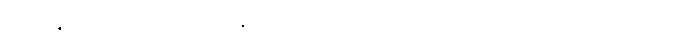
တည်နိုင်၏။ ဘိက္ခဝေ၊ ရဟန်းတို့။ ပည ဝါ၊ အပြားအားဖြင့်သိခြင်းရှိသော။ ဘိက္ခု၊